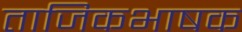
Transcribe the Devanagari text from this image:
ताजिकभाषक